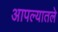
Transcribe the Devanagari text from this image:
आपल्यातले